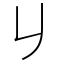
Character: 𠂈